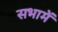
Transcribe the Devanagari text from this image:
सभामें